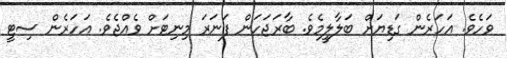
ވަހެވެ. އަހަރެން ގަޑިޔަށް ބަލާލީމެވެ. ބާރަޖަހަން ފަނަރަ މިނިޓަށް ވެއްޖެވެ. އަހަރެން ސިޓީ